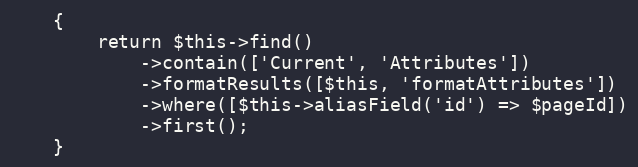
Language: PHP
    {
        return $this->find()
            ->contain(['Current', 'Attributes'])
            ->formatResults([$this, 'formatAttributes'])
            ->where([$this->aliasField('id') => $pageId])
            ->first();
    }